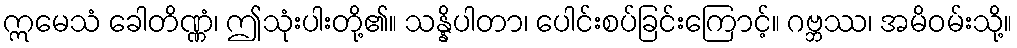
ဣမေသံ ခေါတိဏ္ဏံ၊ ဤသုံးပါးတို့၏။ သန္နိပါတာ၊ ပေါင်းစပ်ခြင်းကြောင့်။ ဂဗ္ဘဿ၊ အမိဝမ်းသို့။